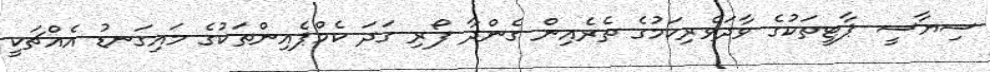
ސިޔާސީ ޕާޓީތަކުގެ ވާދަވެރިކަމުގެ ތެރެއިން ގެންދާ ފޯރި ގަދަ ކެމްޕެއިންތަކުގެ މައިގަނޑު އެއްޗަކީ